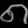
Digit: ၈